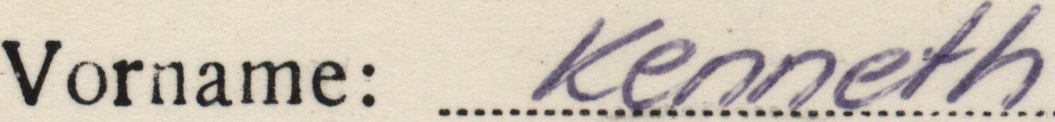
Vorname: Kenneth